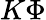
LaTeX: K\Phi